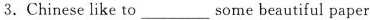
3.Chinese like to___some beautiful paper